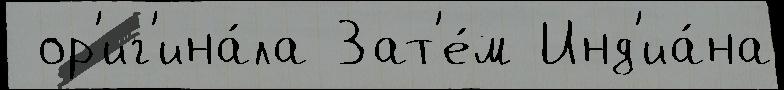
 ор'иг'ина́ла Зат'е́м Инд'иа́на